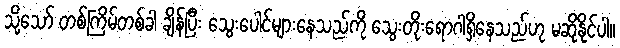
သို့သော် တစ်ကြိမ်တစ်ခါ ချိန်ပြီး သွေးပေါင်များနေသည်ကို သွေးတိုးရောဂါရှိနေသည်ဟု မဆိုနိုင်ပါ။